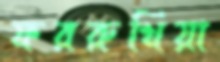
ফররুখিয়া